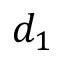
d _ { 1 }